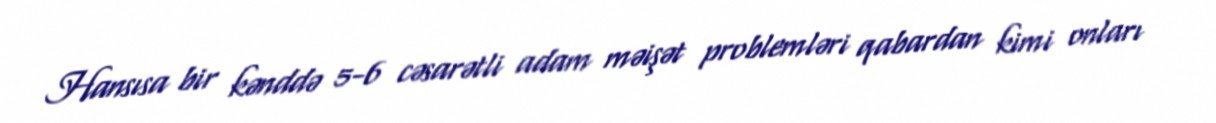
Hansısa bir kənddə 5-6 cəsarətli adam məişət problemləri qabardan kimi onları